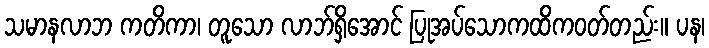
သမာနလာဘ ကတိကာ၊ တူသော လာဘ်ရှိအောင် ပြုအပ်သောကထိကဝတ်တည်း။ ပန၊